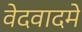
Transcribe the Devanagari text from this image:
वेदवादमे